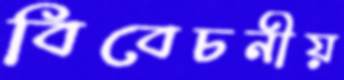
বিবেচনীয়